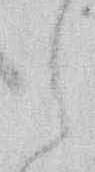
之